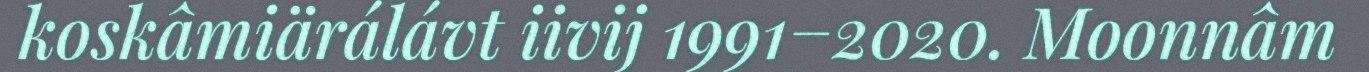
koskâmiärálávt iivij 1991−2020. Moonnâm